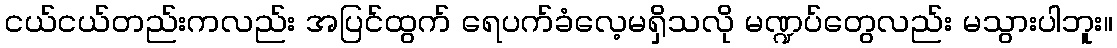
ငယ်ငယ်တည်းကလည်း အပြင်ထွက် ရေပက်ခံလေ့မရှိသလို မဏ္ဍပ်တွေလည်း မသွားပါဘူး။